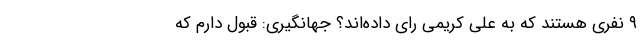
۹ نفری هستند که به علی کریمی رای داده‌اند؟ جهانگیری: قبول دارم که